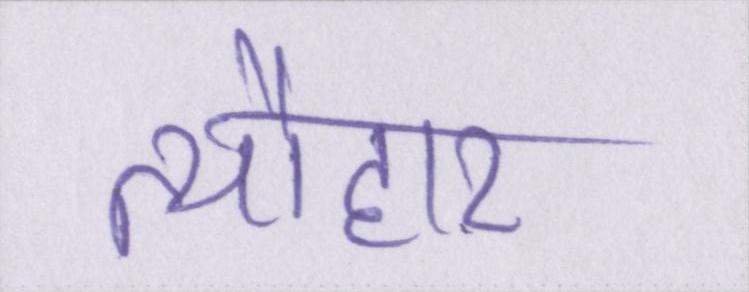
त्यौहार